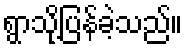
ရွာသို့ပြန်ခဲ့သည်။